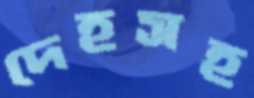
দেহসহ